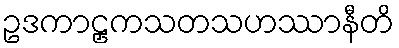
ဥဒကာဠှကသတသဟဿာနီတိ